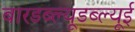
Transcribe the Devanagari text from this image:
बारडब्ल्यूडब्ल्यूई